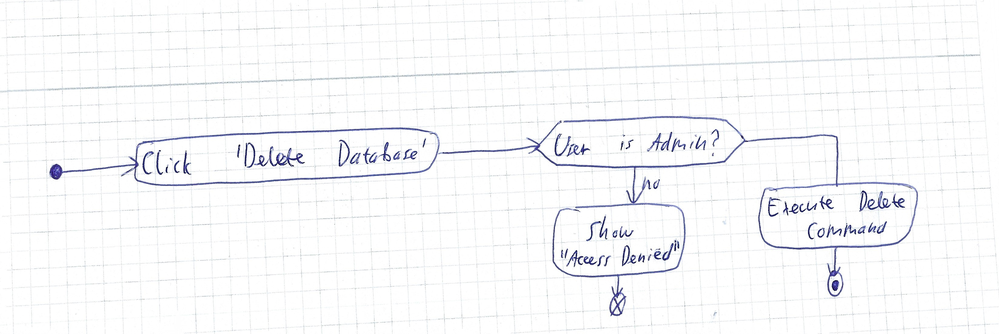
Diagram type: activity_diagram
```plantuml
@startuml

start
:Click 'Delete Database';
if (User is Admin?) then (no)
  :Show "Access Denied";
  end
endif
:Execute Delete Command;
stop

@enduml
```